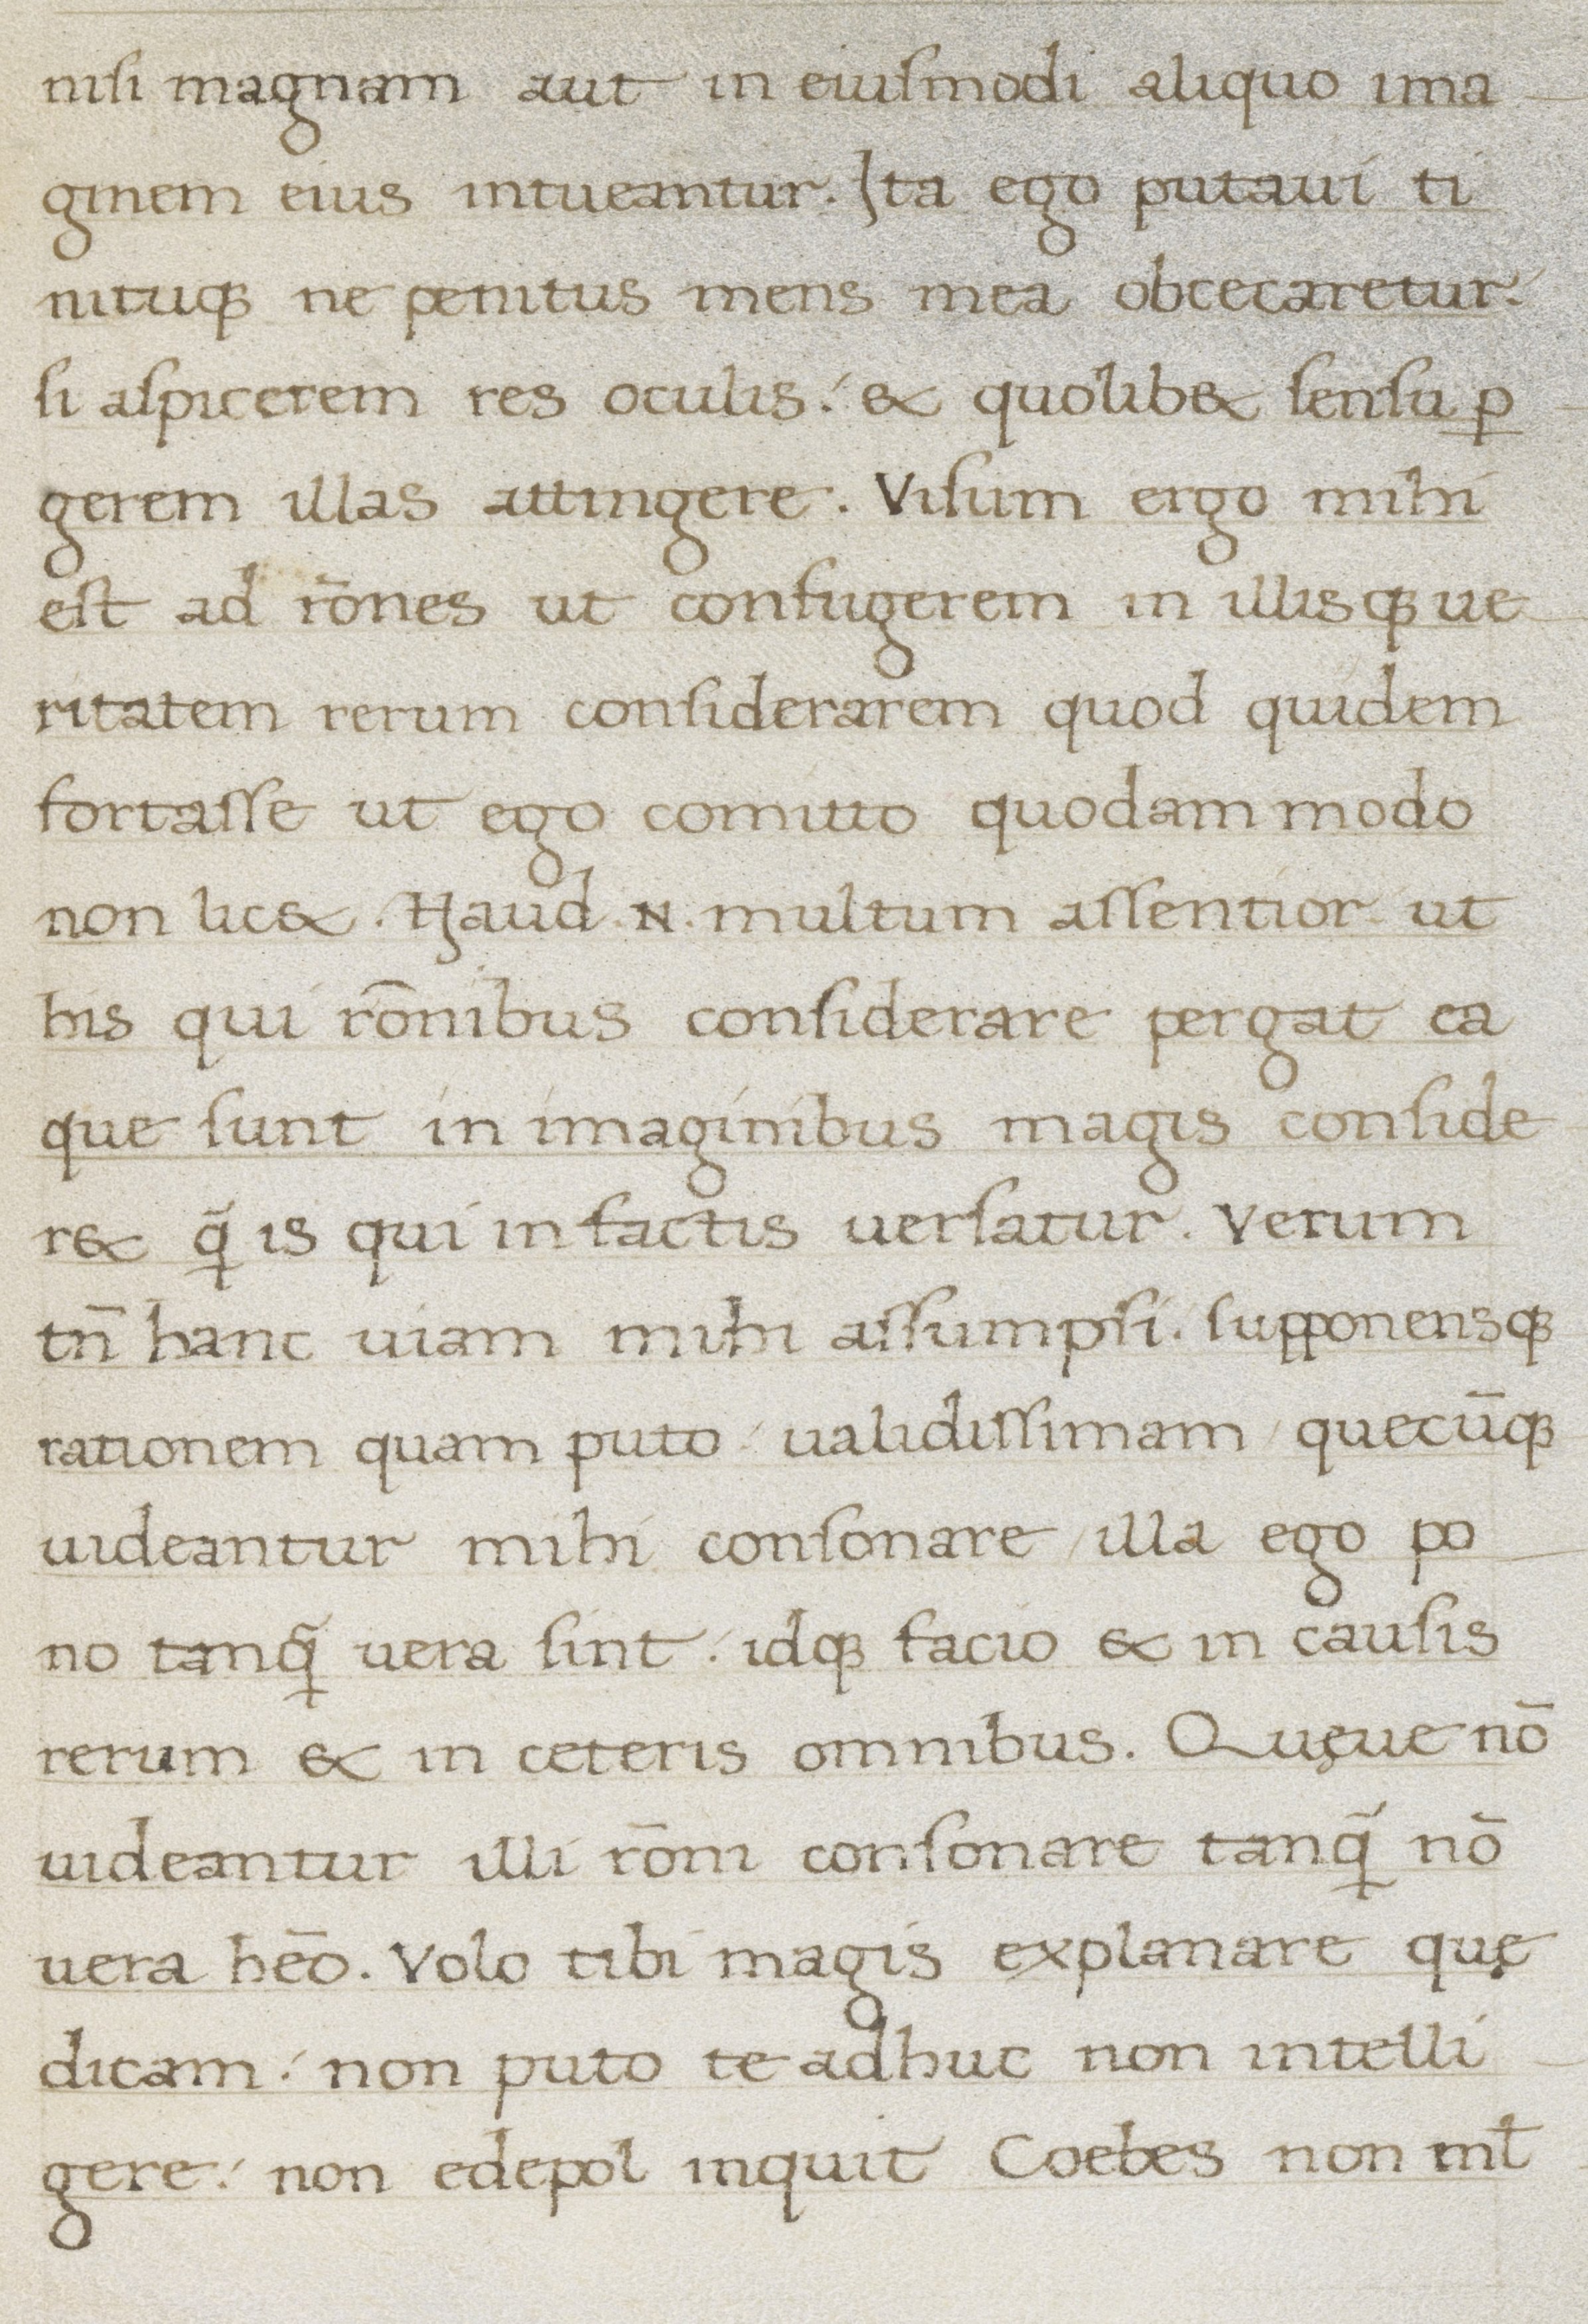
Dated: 1400–1499